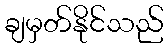
ချမှတ်နိုင်သည်